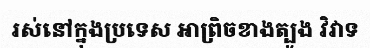
រស់នៅក្នុងប្រទេស អាព្រិចខាងត្បូង វិវាទ